Indian Civil Veterinary Department memoirs
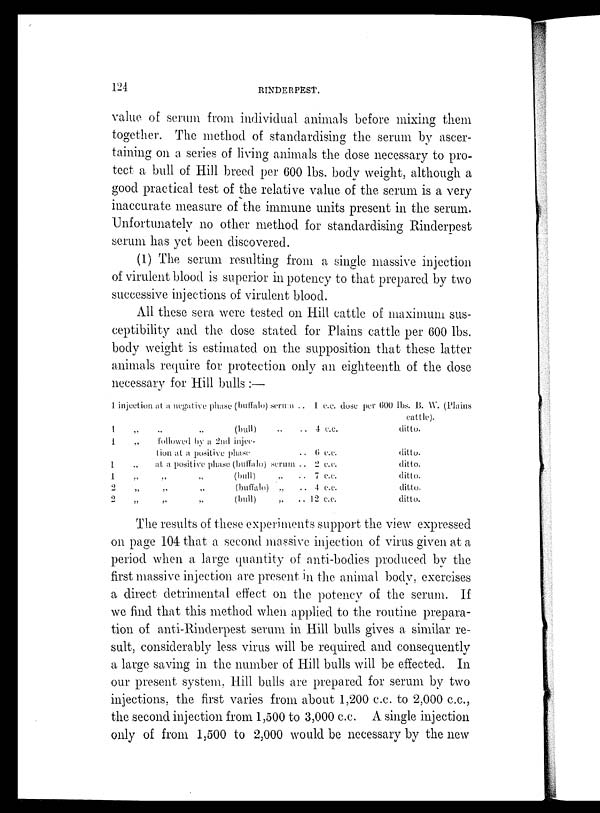
124
RINDERPEST.
value of serum from individual animals before mixing them
together. The method of standardising the serum by ascer-
taining on a series of living animals the dose necessary to pro-
tect a bull of Hill breed per 600 lbs. body weight, although a
good practical test of the relative value of the serum is a very
inaccurate measure of the immune units present in the serum.
Unfortunately no other method for standardising Rinderpest
serum has yet been discovered.
(1) The serum resulting from a single massive injection
of virulent blood is superior in potency to that prepared by two
successive injections of virulent blood.
All these sera were tested on Hill cattle of maximum sus-
ceptibility and the dose stated for Plains cattle per 600 lbs.
body weight is estimated on the supposition that these latter
animals require for protection only an eighteenth of the dose
necessary for Hill bulls :—
1 injection at a negative phase (buffalo) serum ..
1
„
„
„
(bull) „ „
1
„
followed by a 2nd injec-
tion at a positive phase
..
.
1
„
at a positive phase (buffalo) serum ..
1
„
„
„
(bull)
„
..
2
„
„
„
(buffalo) „
..
2
„
„
„
(bull)
„
..
1 c.c.
4 c.c.
6 c.c
2 c.c.
7 c.c.
4 c.c.
12 c.c.
dose per 600 lbs. B. W. (Plains
cattle).
ditto.
ditto.
ditto.
ditto.
ditto.
ditto.
The results of these experiments support the view expressed
on page 104 that a second massive injection of virus given at a
period when a large quantity of anti-bodies produced by the
first massive injection are present in the animal body, exercises
a direct detrimental effect on the potency of the serum. If
we find that this method when applied to the routine prepara-
tion of anti-Rinderpest serum in Hill bulls gives a similar re-
sult, considerably less virus will be required and consequently
a large saving in the number of Hill bulls will be effected. In
our present system, Hill bulls are prepared for serum by two
injections, the first varies from about 1,200 c.c. to 2,000 c.c.,
the second injection from 1,500 to 3,000 c.c. A single injection
only of from 1,500 to 2,000 would be necessary by the new